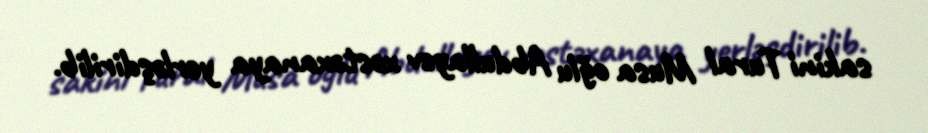
sakini Tural Musa oğlu Abdullayev xəstəxanaya yerləşdirilib.